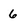
Character: 6